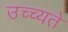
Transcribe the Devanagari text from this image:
उच्च्यते